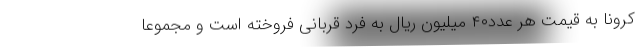
کرونا به قیمت هر عدد۴۰ میلیون ریال به فرد قربانی فروخته است و مجموعا